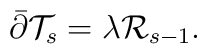
\bar{\partial}\mathcal{T}_s= \lambda \mathcal{R}_{s-1}.